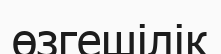
өзгешілік